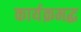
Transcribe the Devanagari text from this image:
कार्यक्रमद्ध